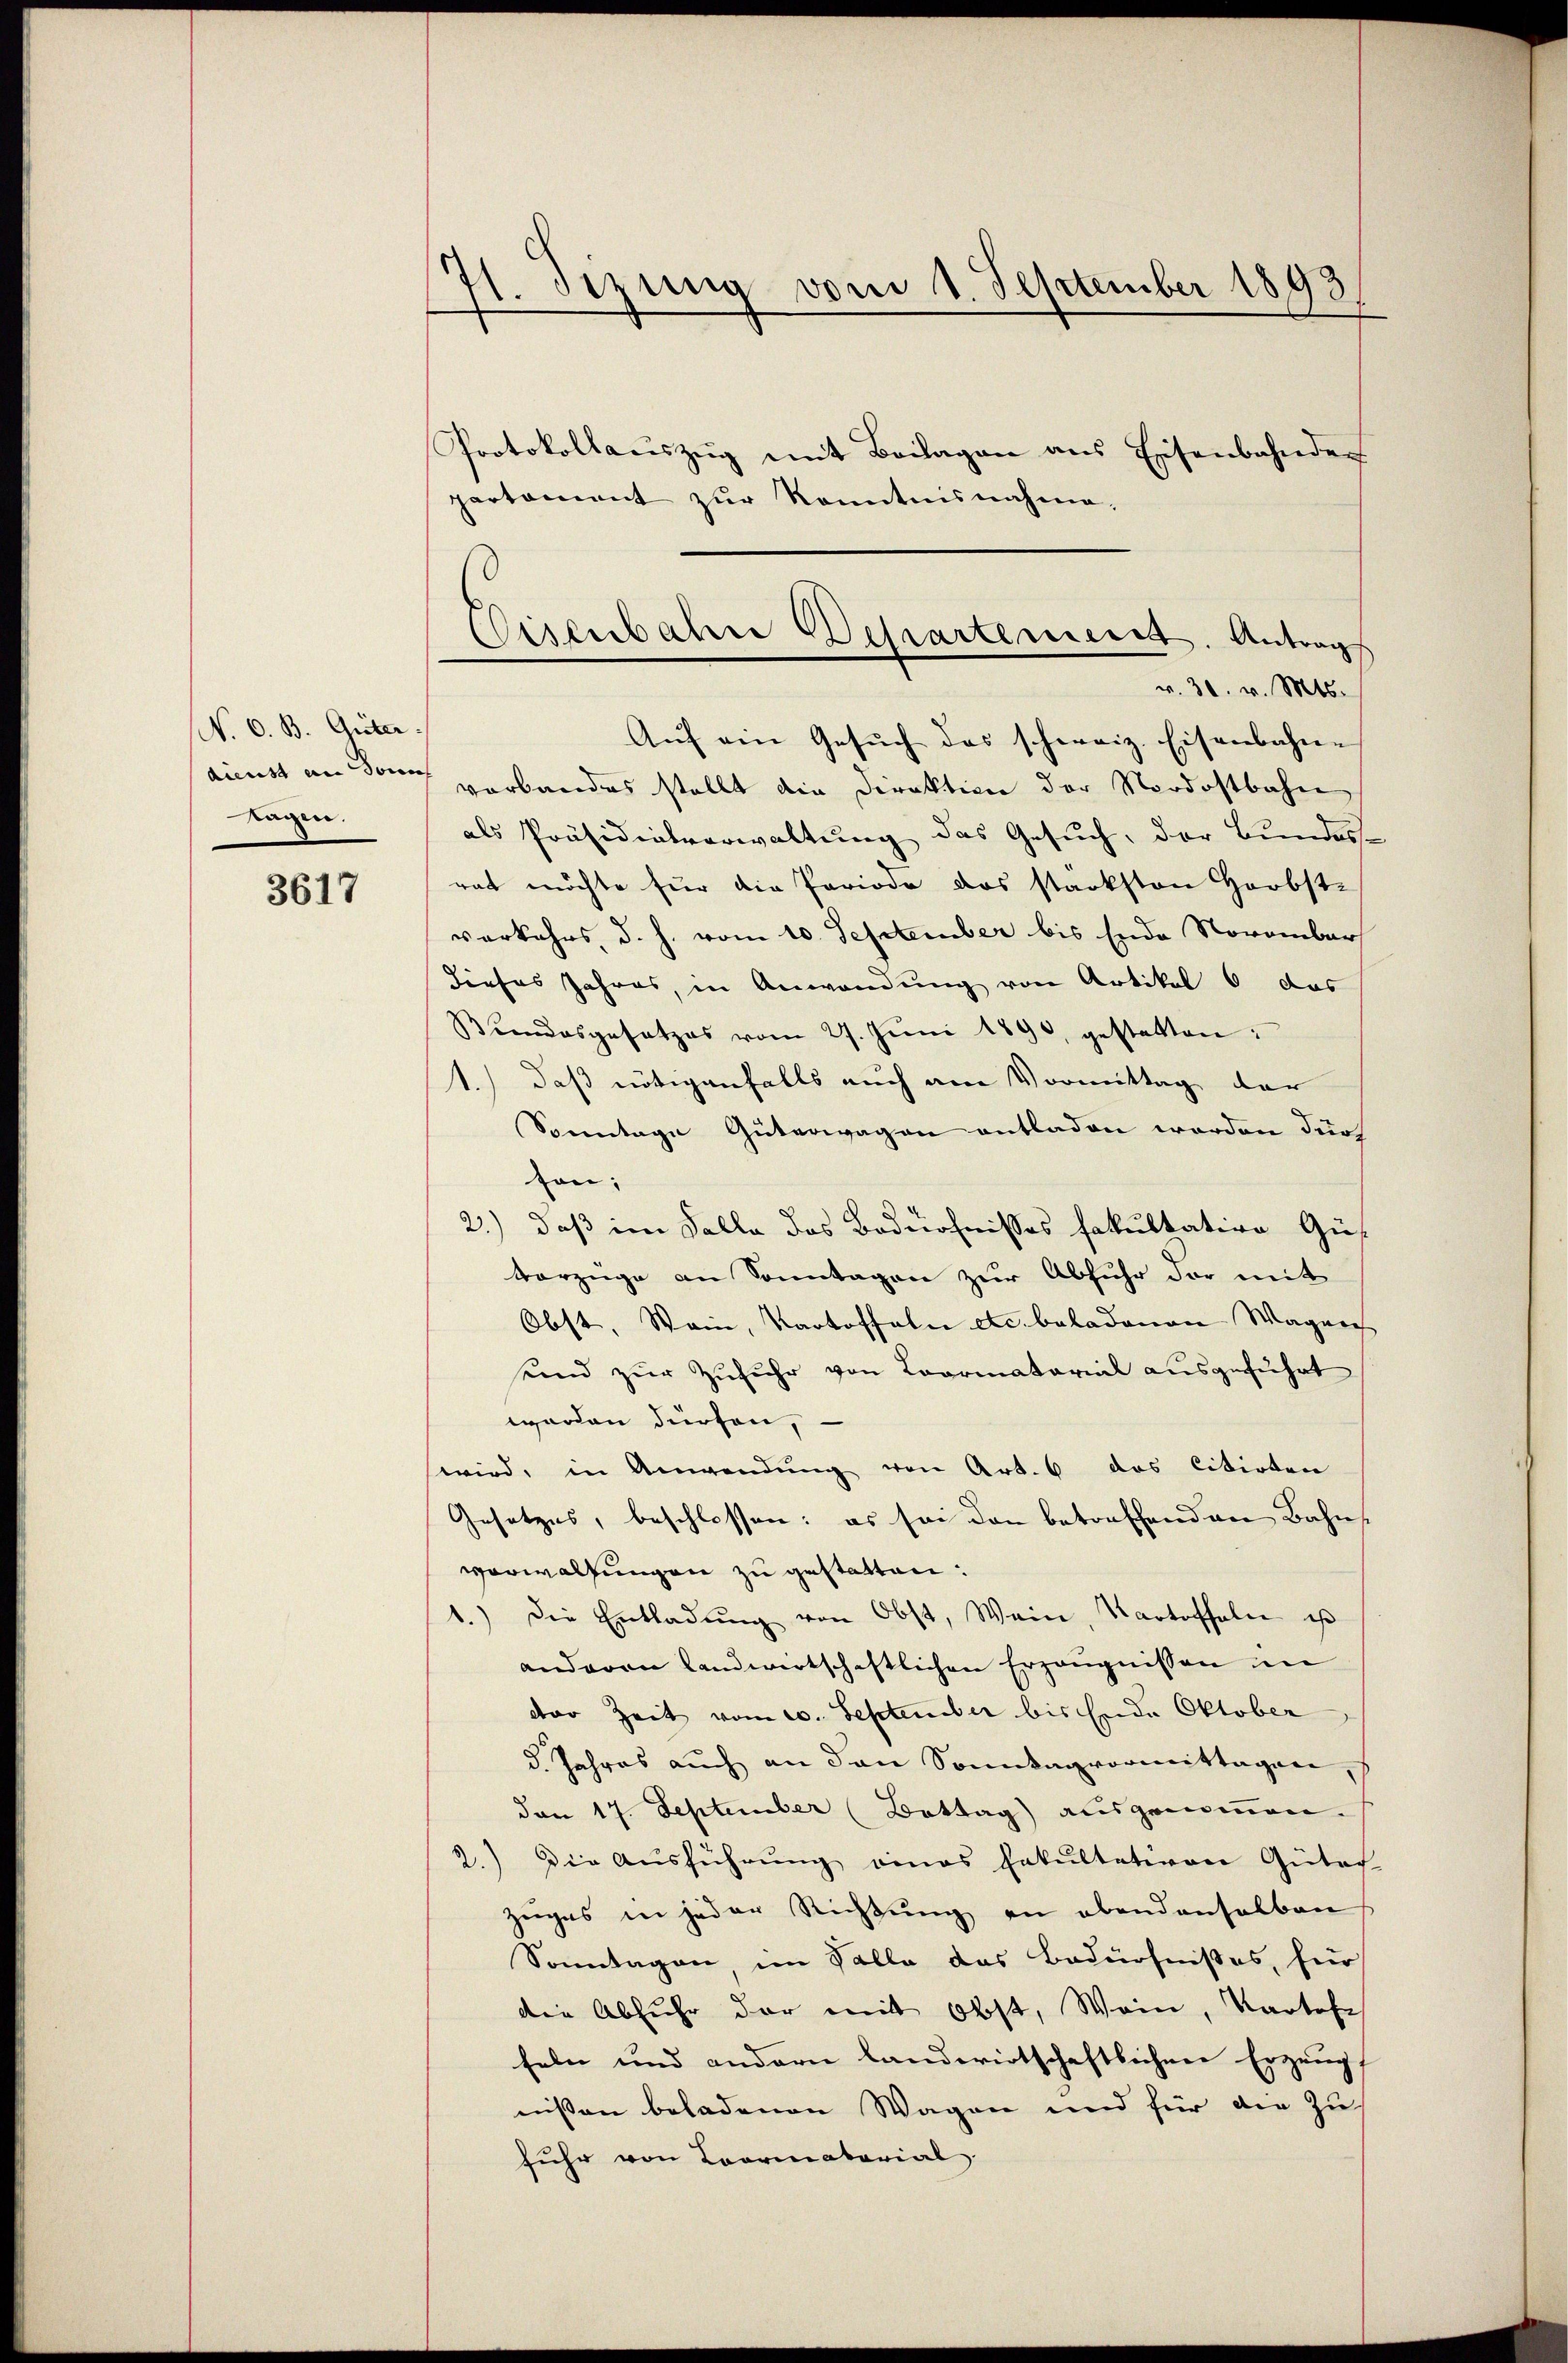
N. O. B. Güter.
dienst an dann
lagen.

3617

st. Sitzung vom 1. September 1893

Protokollaŭszŭg mit Beilagen aus Eisenbahnder
partament zŭr Kenntnisnahme.
Aŭf ein Gesŭch das schweiz. Eisenbahne
verbandes stellt die Direktion der Nordostbahn
als Präsidialverwaltung das Gesuch, der Bundes-
rat möchte für die Periode das starksten Herbst-
verkehrs, d. h. vom 10. September bis Ende November
dieses Jahres, in Anwendung von Artikel 6 das
Bundesgesetzes vom 27. Jŭni 1890 gestatten:
1.) daß nötigenfalls auch am Vormittag der
Sonntage Güterwagen entladen worden durch
son;
2.) daß im Falle des Bedürfnisses fakultation Gus
vorzüge an Sonntagen zur Abfuhr der mit
Obst. Wein, Kartoffeln etc. beladenen Wagen
ennd zur Zufuhr von Loormatorial ausgeführt
worden dürfen,
wird, in Anwendŭng von Art. 6 das Citirten
Gesetzes, beschlossen: es sei den betreffenden Bahns
vorwaltungen zu gestatten:
1.) Die Entladŭng von Obst, Wein, Kartoffele es
anderen landwirtschaftlichen Erzeugnissen im
der Zeit vom 20. September bis Ende Oktober
d. Jahres auch an den Sonntag vormittagen,
den 17. September (Bottag ausgenommen.
2.) Die Ausführŭng eines Fakultativen Gutach
Zuges in jeder Richtung an ebendenselben
Sonntagen, im Solle das Bedürfnißes, für
die Abfuhr der mit Obst, Wein, Kartofe
feln und andern landerirtschaftlichene Erzeug,
nißen beladenen Wagen und für die Zufuhr von Coormatorial

Eisenbahre Departement. Antrags
v. 30. v. Mts.